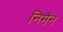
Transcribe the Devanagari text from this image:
निमैन